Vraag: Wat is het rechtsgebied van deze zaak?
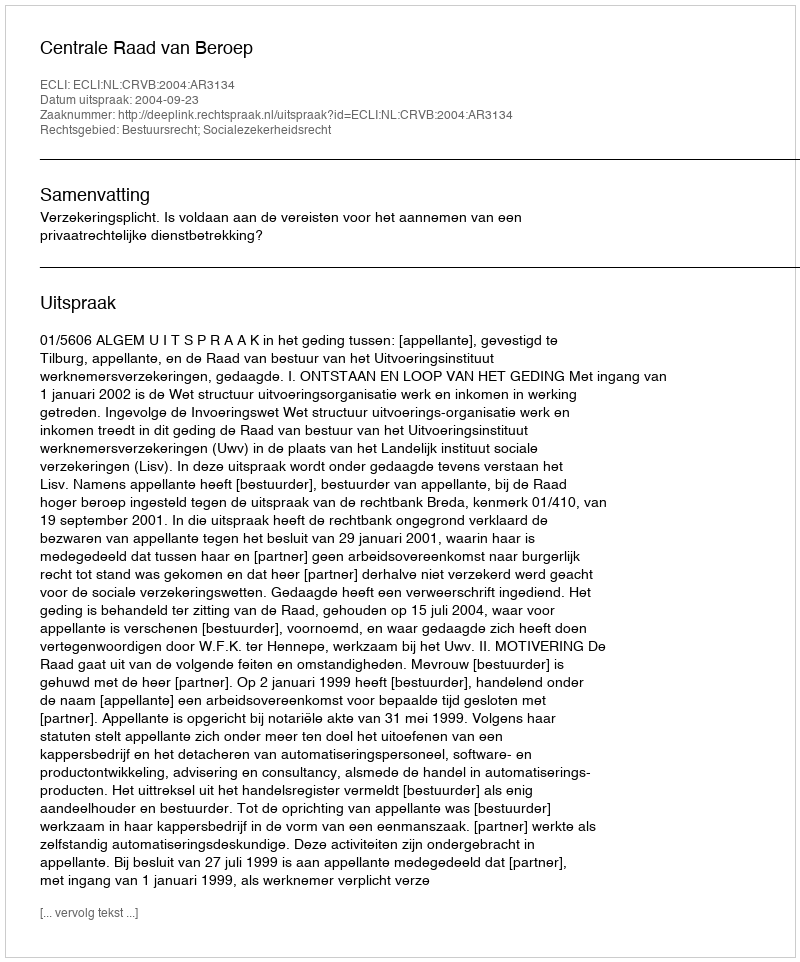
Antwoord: Bestuursrecht; Socialezekerheidsrecht